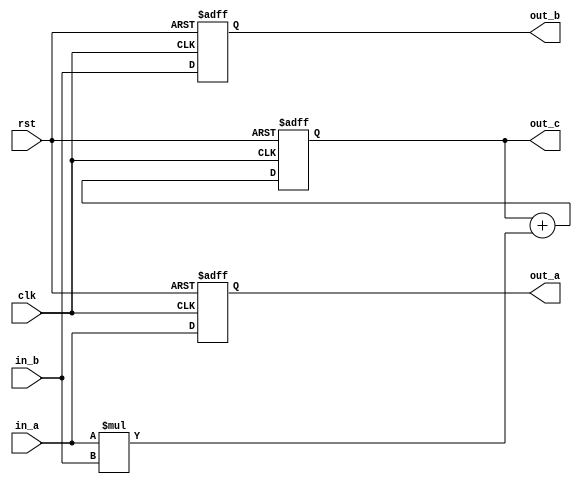
module pe(
input clk,
input rst,
input[15:0] in_a,
input[15:0] in_b,
output reg[15:0] out_a,
output reg[15:0] out_b,
output reg[32:0] out_c
);


always@(posedge clk or negedge rst)
begin
if(!rst) begin
	out_a <= 0;
	out_b <= 0;
	out_c <= 0;
end
else begin
	out_a <= in_a;
	out_b <= in_b;
	out_c <= out_c + in_a*in_b;
end
end

endmodule